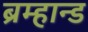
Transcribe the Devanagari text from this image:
ब्रम्हान्ड